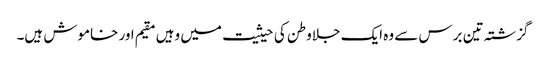
گزشتہ تین برس سے وہ ایک جلاوطن کی حیثیت میں وہیں مقیم اور خاموش ہیں۔